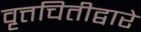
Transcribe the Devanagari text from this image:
वृत्तचितीद्वारे